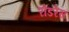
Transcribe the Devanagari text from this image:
रोडरेस